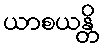
ယာစယန္တိ